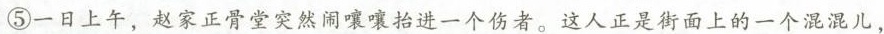
⑤一日上午，赵家正骨堂突然闹嚷嚷抬进一个伤者。这人正是街面上的一个混混儿，